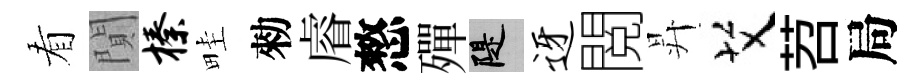
看閴榛畦勑𥈠憗殫堤迓閲昇艾苕局